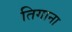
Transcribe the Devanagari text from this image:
तिगाना